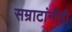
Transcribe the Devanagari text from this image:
सम्राटांनीही